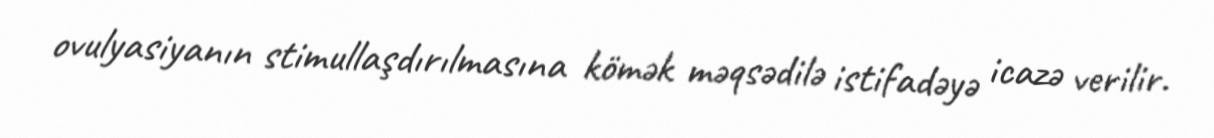
ovulyasiyanın stimullaşdırılmasına kömək məqsədilə istifadəyə icazə verilir.